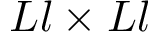
L l \times L l